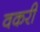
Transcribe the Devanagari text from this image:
वकरी